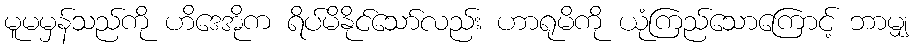
မူမမှန်သည်ကို ဟိဒေအိုက ရိပ်မိနိုင်သော်လည်း ဟာရုမိကို ယုံကြည်သောကြောင့် ဘာမျှ